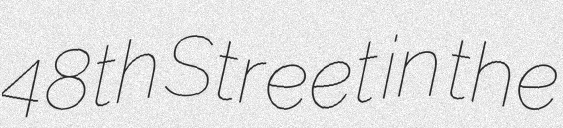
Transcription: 48th Street in the